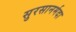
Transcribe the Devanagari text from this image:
सुरसानर्मदा